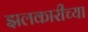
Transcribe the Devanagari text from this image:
झलकारीच्या